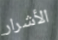
الأشرار